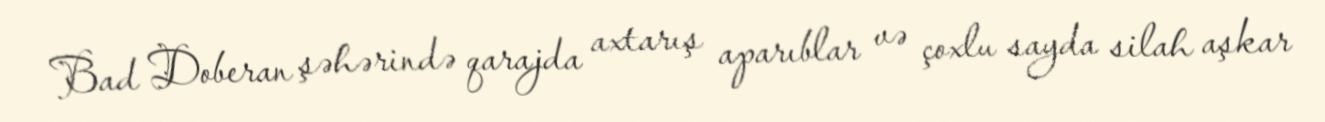
Bad Doberan şəhərində qarajda axtarış aparıblar və çoxlu sayda silah aşkar